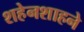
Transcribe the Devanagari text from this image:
शहेनशाहने